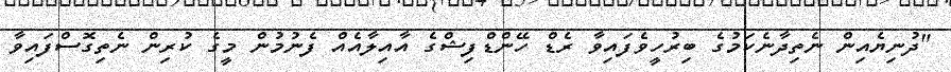
"ދުނިޔެއިން ނެތިދާނެކަމުގެ ބިރުހީވެފައިވާ ރެޑް ހޭންޑްފިޝްގެ އާއިލާއެއް ފެނުމުން މީގެ ކުރިން ނެތިގޮސްފައިވާ